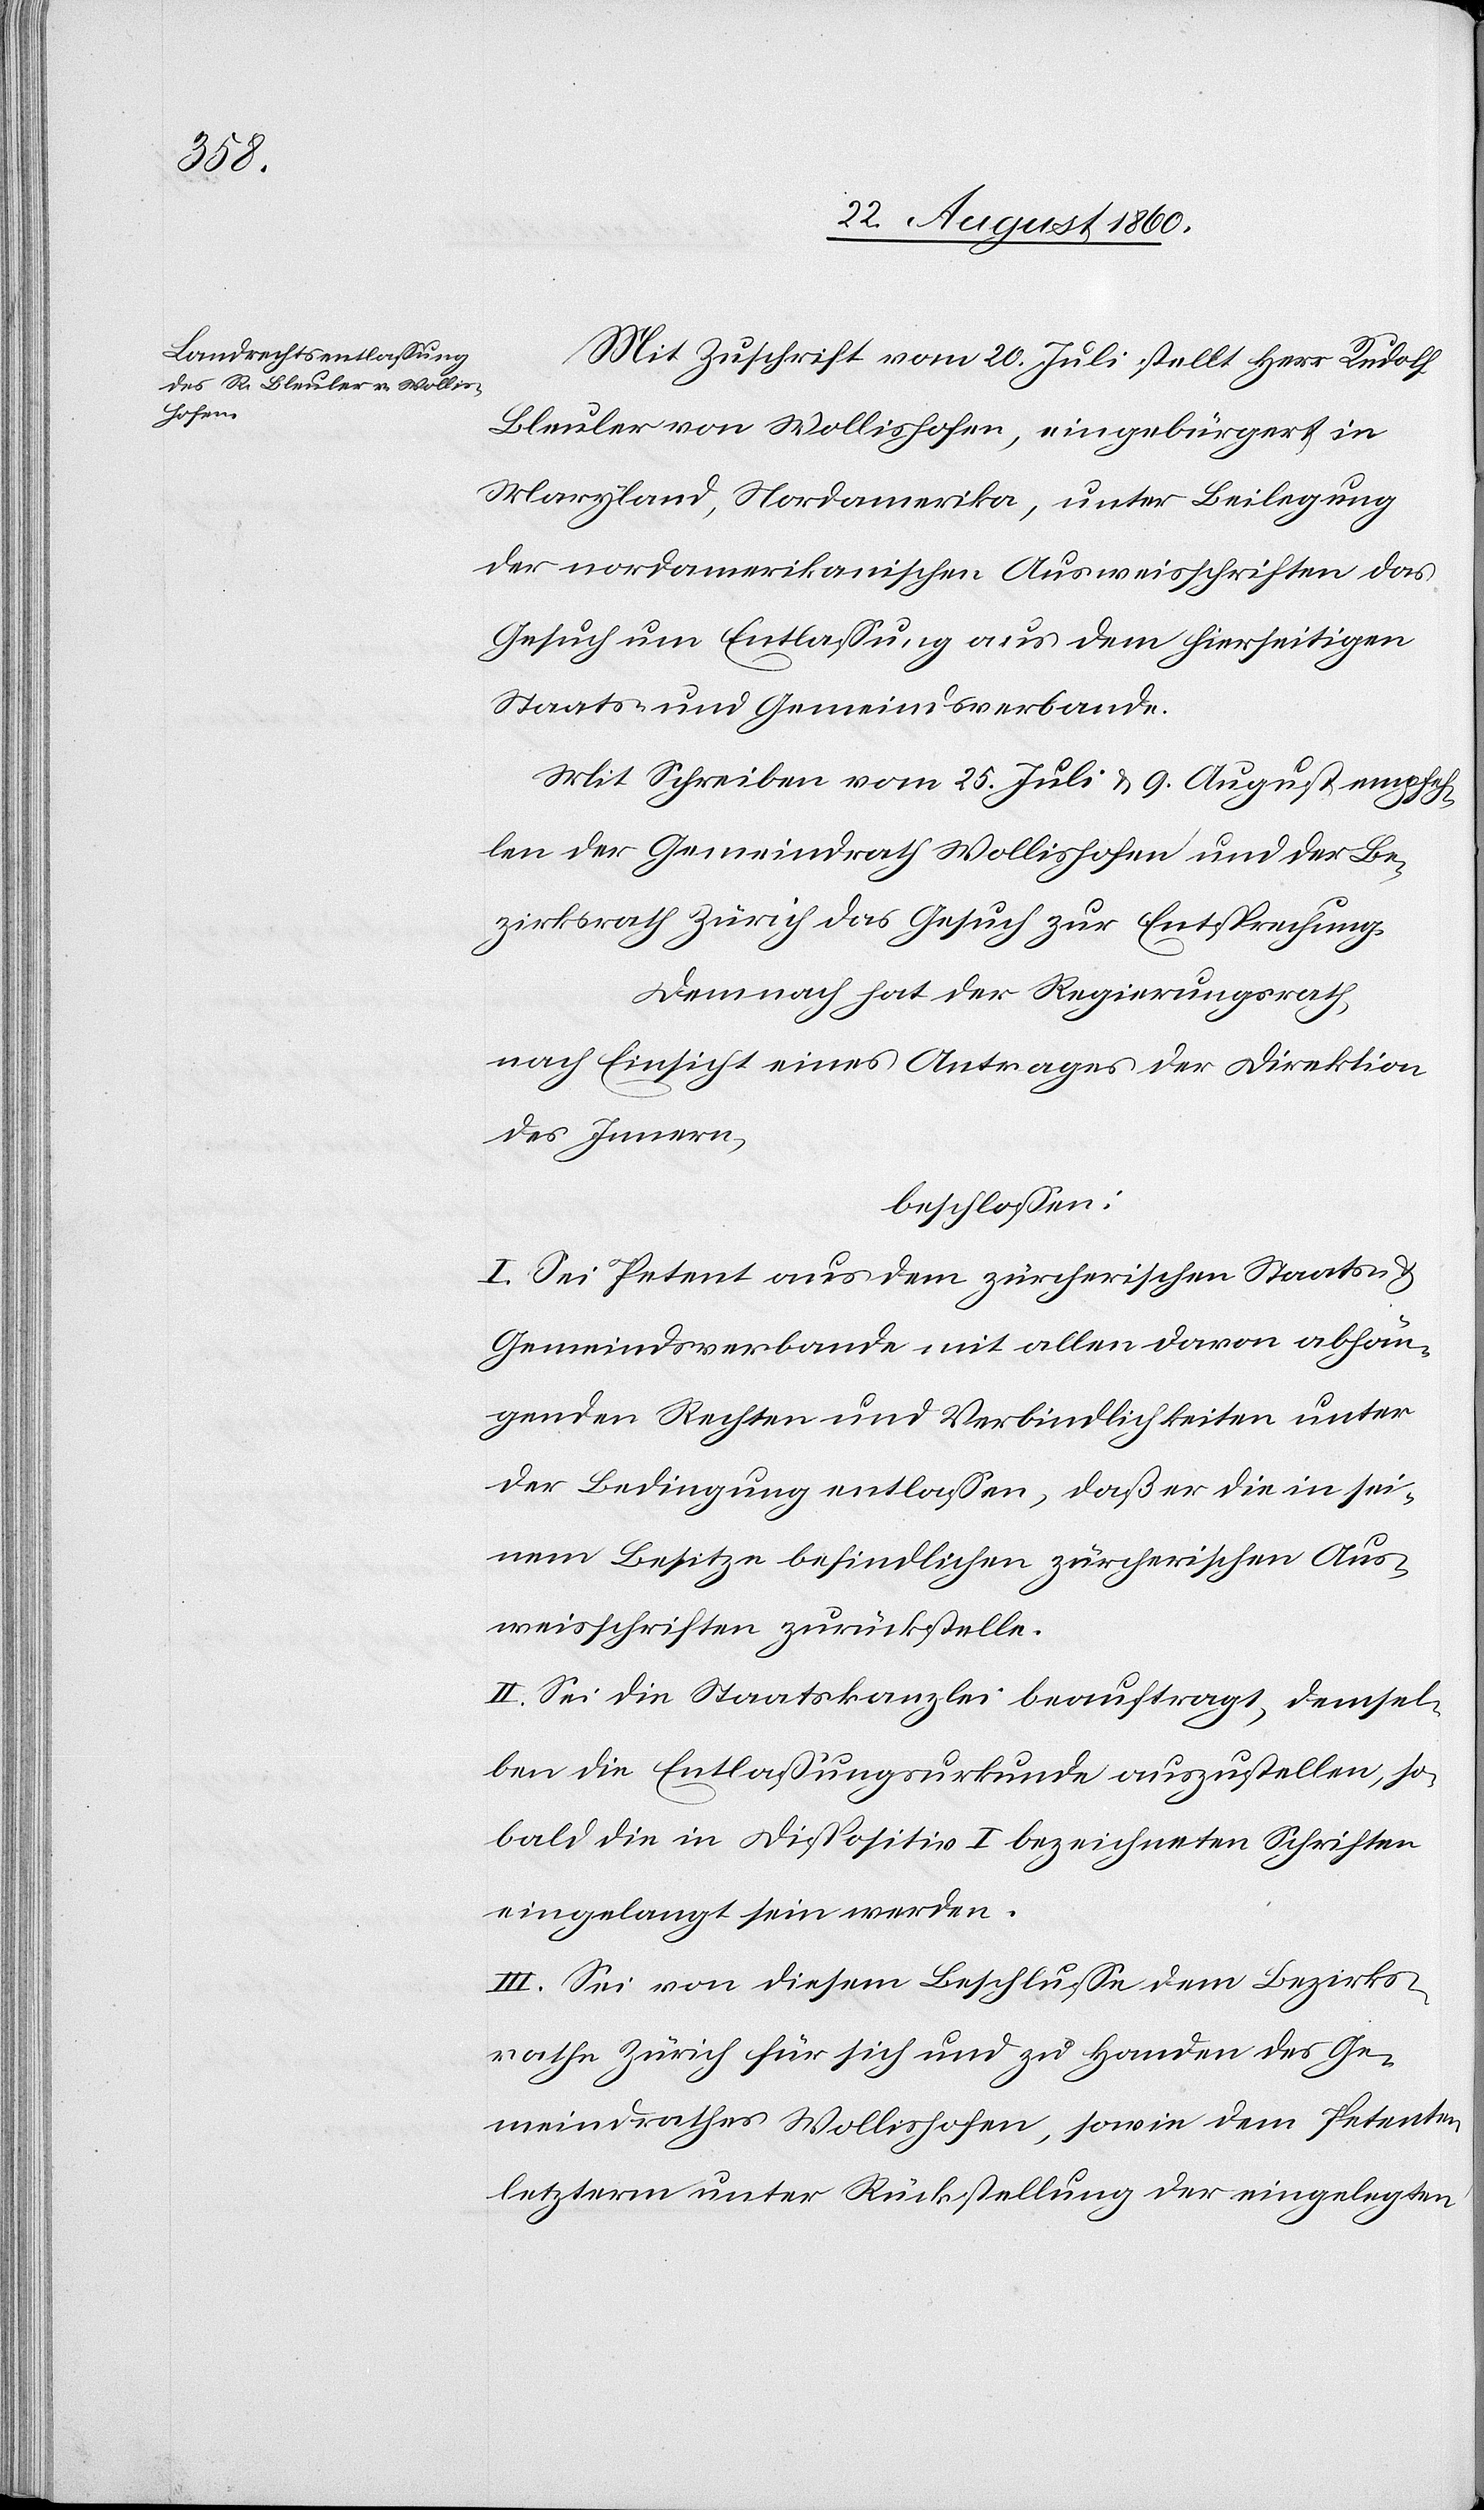
athes

Mit Zuschrift vom 20. Juli stellt Herr Rudolf
Bleuler von Wollishofen, eingebürgert in
Maryland, Nordamerika unter Beilegung
der nordamerikanischen Ausweisschriften das
Gesuch um Entlassung aus dem hierseitigen
Staats- u. Gemeindsverbande.
Mit Schreiben vom 25. Juli u. 9. August empfeh¬
len der Gemeindrath Wollishofen u. der Be¬
zirksrath Zürich das Gesuch zur Entsprechung.
Demnach hat der Regierungsrath,
nach Einsicht eines Antrages der Direktion
des Innern,
beschlossen:
I. Sei Petent aus dem Zürcherischen Staats- u.
Gemeindsverbande mit allen davon abhän¬
genden Rechten und Verbindlichkeiten unter
der Bedingung entlassen, dass er die in sei¬
nem Besitze befindlichen zürcherischen Aus¬
weisschriften zurückstelle.
II. Sei die Staatskanzlei beauftragt, demsel¬
ben die Entlassungsurkunde auszustellen, so¬
bald die in Disp. I bezeichneten Schriften
eingelangt sein werden.
III. Sei von diesem Beschlusse dem Bezirks¬
rathe Zürich für sich u. zu Handen des Ge¬